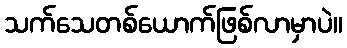
သက်သေတစ်ယောက်ဖြစ်လာမှာပဲ။